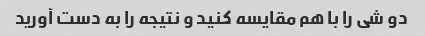
دو شی را با هم مقایسه کنید و نتیجه را به دست آورید